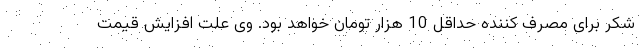
شکر برای مصرف کننده حداقل 10 هزار تومان خواهد بود. وی علت افزایش قیمت